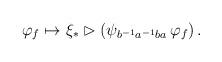
LaTeX: \begin{align*}\varphi_f\mapsto\xi_\ast & \rhd \left(\psi_{b^{-1}a^{-1}ba}\, \varphi_f\right).\end{align*}